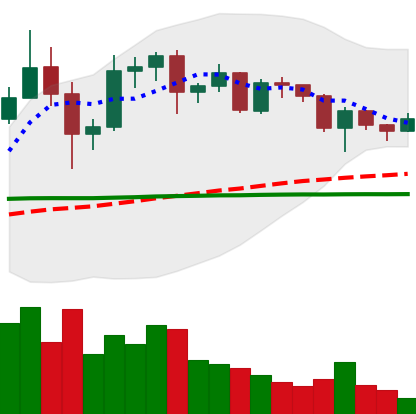
Ticker: ADA-USD
Chart end date: 2020-12-12
Forward return: 13.168%
Label: up_7plus